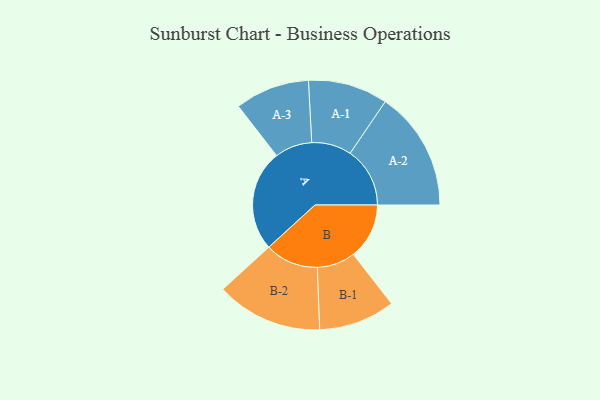
{"axis": {"x": "Segment", "y": "Value"}, "legend": ["", "A", "B"], "data": [{"x": "A", "y": 437, "type": ""}, {"x": "B", "y": 241, "type": ""}, {"x": "A-1", "y": 172, "type": "A"}, {"x": "A-2", "y": 258, "type": "A"}, {"x": "A-3", "y": 161, "type": "A"}, {"x": "B-1", "y": 165, "type": "B"}, {"x": "B-2", "y": 230, "type": "B"}]}